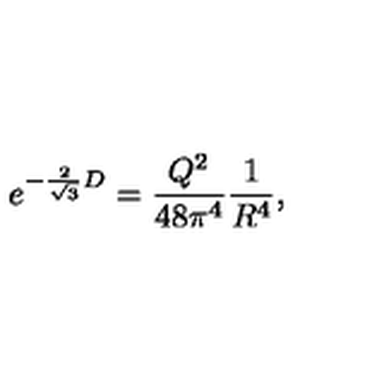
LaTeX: e ^ { - { \frac { 2 } { \sqrt 3 } } D } = { \frac { Q ^ { 2 } } { 4 8 \pi ^ { 4 } } } { \frac { 1 } { R ^ { 4 } } } ,